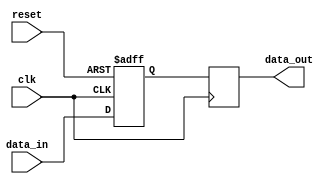
module Fallback_Bypass_Register (
    input wire clk,
    input wire reset,
    input wire [7:0] data_in,
    output reg [7:0] data_out
);
    
reg [7:0] reg_data;

always @(posedge clk or posedge reset) begin
    if (reset)
        reg_data <= 8'b0;
    else
        reg_data <= data_in;
end

always @(posedge clk) begin
    data_out <= reg_data;
end

endmodule